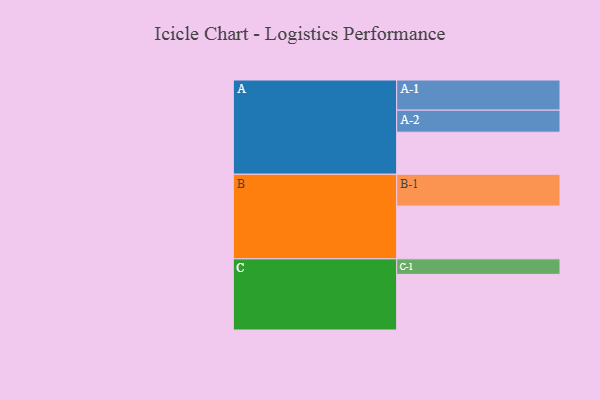
{"axis": {"x": "Segment", "y": "Value"}, "legend": ["", "A", "B", "C"], "data": [{"x": "A", "y": 353, "type": ""}, {"x": "B", "y": 443, "type": ""}, {"x": "C", "y": 467, "type": ""}, {"x": "A-1", "y": 253, "type": "A"}, {"x": "A-2", "y": 185, "type": "A"}, {"x": "B-1", "y": 267, "type": "B"}, {"x": "C-1", "y": 130, "type": "C"}]}